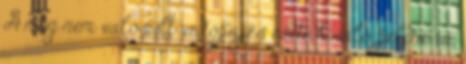
A meg nem valósult védőpajzs esete kiváló példa rá,